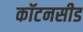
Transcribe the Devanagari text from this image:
कॉटनसीड